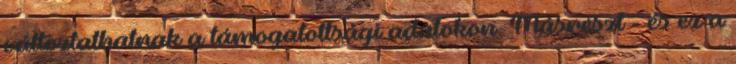
változtathatnak a támogatottsági adatokon. Másrészt - és ez a